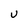
Character: u